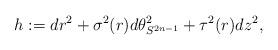
LaTeX: \begin{align*}h:=dr^2 + \sigma ^2(r) d\theta_{S^{2n-1}} ^2 + \tau ^2(r) dz ^2,\end{align*}